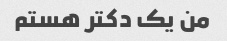
من یک دکتر هستم